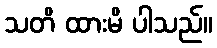
သတိ ထားမိ ပါသည်။